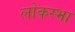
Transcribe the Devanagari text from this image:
लोकस्भा